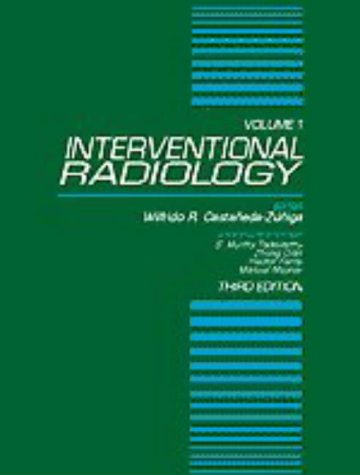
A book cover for Interventional Radiology (Two-Volume Set); Wilfrido R. Castaneda-Zuniga; Medical Books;